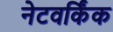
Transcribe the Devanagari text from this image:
नेटवर्किंक